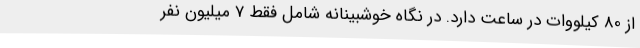
از 80 کیلووات در ساعت دارد. در نگاه خوشبینانه شامل فقط 7 میلیون نفر